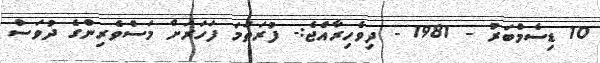
10 ޑިސެމްބަރު - 1981 - ދިވެހިރާއްޖެ:- ފުރަތަމަ ފަހަރަށް މަސްވެރިންގެ ދުވަސް